Senior Leaving Certificate Examination (including Day School Certificate (Higher) General paper), 1947
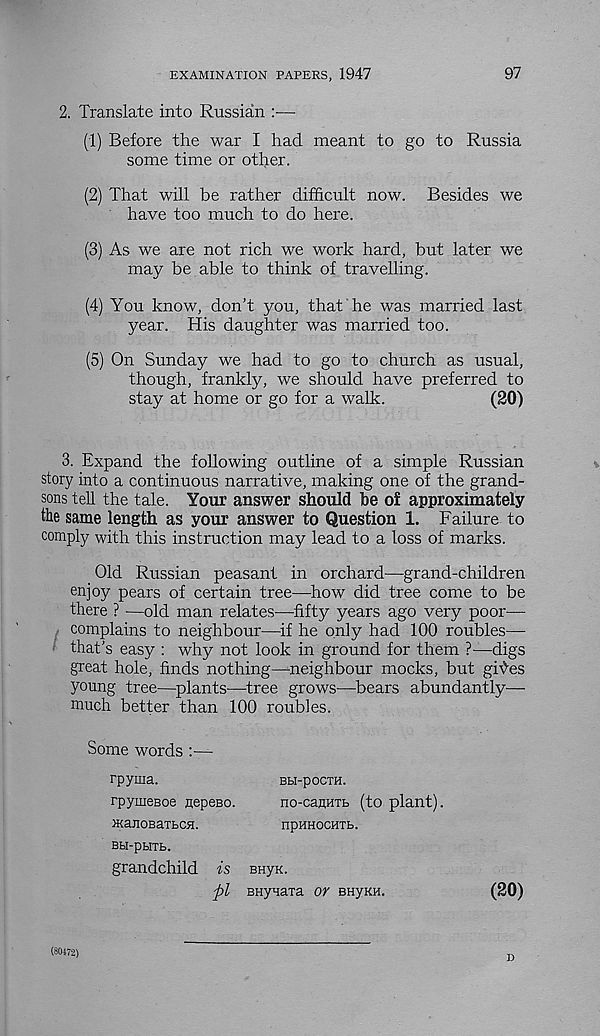
EXAMINATION PAPERS, 1947
97
2. Translate into Russian :—
(1) Before the war I had meant to go to Russia
some time or other.
(2) That will be rather difficult now. Besides we
have too much to do here.
(3) As we are not rich we work hard, but later we
may be able to think of travelling.
(4) You know, don't you, that he was married last
year. His daughter was married too.
(5) On Sunday we had to go to church as usual,
though, frankly, we should have preferred to
stay at home or go for a walk.
(20)
3. Expand the following outline of a simple Russian
story into a continuous narrative, making one of the grand-
sons tell the tale. Your answer should be of approximately
the same length as your answer to Question 1. Failure to
comply with this instruction may lead to a loss of marks.
Old Russian peasant in orchard—grand-children
enjoy pears of certain tree—how did tree come to be
there ? ■—old man relates—fifty years ago very poor—
complains to neighbour—if he only had 100 roubles—
that's easy : why not look in ground for them ?—digs
great hole, finds nothing—neighbour mocks, but gi^es
young tree—plants—tree grows—bears abundantly—-
much better than 100 roubles.
Some words
rpyma.
rpymeBoe nepeBO.
iKanoBaxLCH.
BH-pHTB.
grandchild is
pi
BH-pOCTH.
no-cauHTb (to plant).
npUHOCHTB.
BHyK.
BHyuaTa or euyKH.
(20)
(80172)